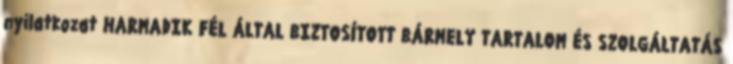
nyilatkozat HARMADIK FÉL ÁLTAL BIZTOSÍTOTT BÁRMELY TARTALOM ÉS SZOLGÁLTATÁS